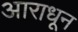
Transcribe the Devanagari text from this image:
आराधून